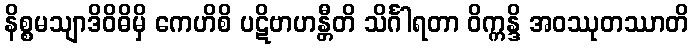
နိစ္စမသျာဒိဝိဓိမှိ ကေဟိစိ ပဋိဗာဟန္တီတိ သိင်္ဂါရတာ ဝိက္ကန္ဒိ အဝဿုတဿာတိ